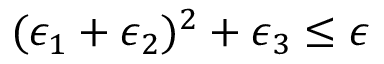
( \epsilon _ { 1 } + \epsilon _ { 2 } ) ^ { 2 } + \epsilon _ { 3 } \leq \epsilon